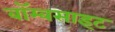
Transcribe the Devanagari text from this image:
बॉम्बसाइट